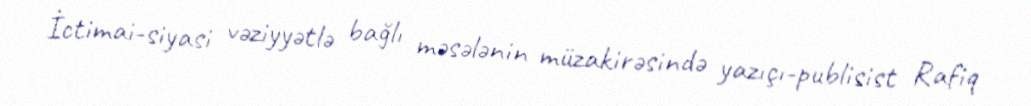
İctimai-siyasi vəziyyətlə bağlı məsələnin müzakirəsində yazıçı-publisist Rafiq